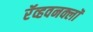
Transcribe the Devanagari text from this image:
रॅव्हवनक्लॉ